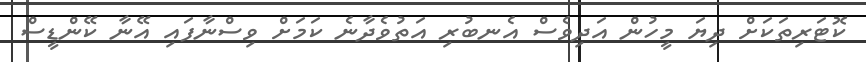
ކޮޓަރިތަކަށް ދިޔަ މީހުން އަދިވެސް އެނބުރި އަތުވެދާނެ ކަމަށް ވިސްނާފައި އޭނާ ކޭންޑީސް